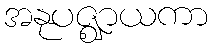
အနုပဇ္ဈာယကာ